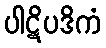
ပါဋိပဒိကံ